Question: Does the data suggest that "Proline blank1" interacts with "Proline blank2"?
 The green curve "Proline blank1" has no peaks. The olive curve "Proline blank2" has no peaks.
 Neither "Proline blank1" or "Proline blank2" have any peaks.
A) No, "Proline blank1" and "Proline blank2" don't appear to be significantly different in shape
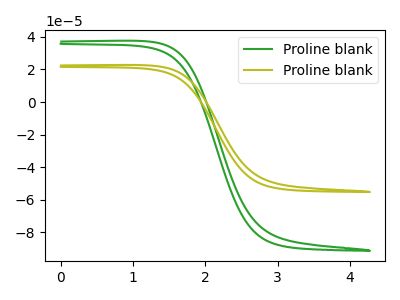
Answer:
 <answer>A) No, "Proline blank1" and "Proline blank2" don't appear to be significantly different in shape</answer>
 <eval>A</eval>